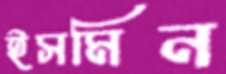
ইসমিন